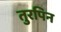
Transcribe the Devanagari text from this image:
तुरपिन